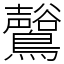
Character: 𪇟